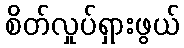
စိတ်လှုပ်ရှားဖွယ်